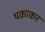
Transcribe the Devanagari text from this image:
थकाकर